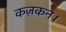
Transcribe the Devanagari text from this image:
कज़कन।